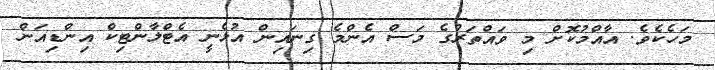
މަހެކެވެ. އާއްމުކޮށް މި ވައްތަރުގެ މަސް އެންމެ ގިނައިން އުޅެނީ އެޓްލާންޓިކް އިންޑިއަން